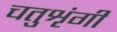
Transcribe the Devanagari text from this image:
चतुशृंगी